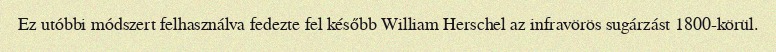
Ez utóbbi módszert felhasználva fedezte fel később William Herschel az infravörös sugárzást 1800-körül.